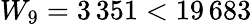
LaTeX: W_{9}=3\, 351<19\, 683